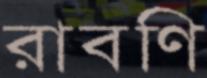
রাবণি